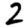
Digit: 2